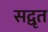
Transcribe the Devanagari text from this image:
सद्वृत